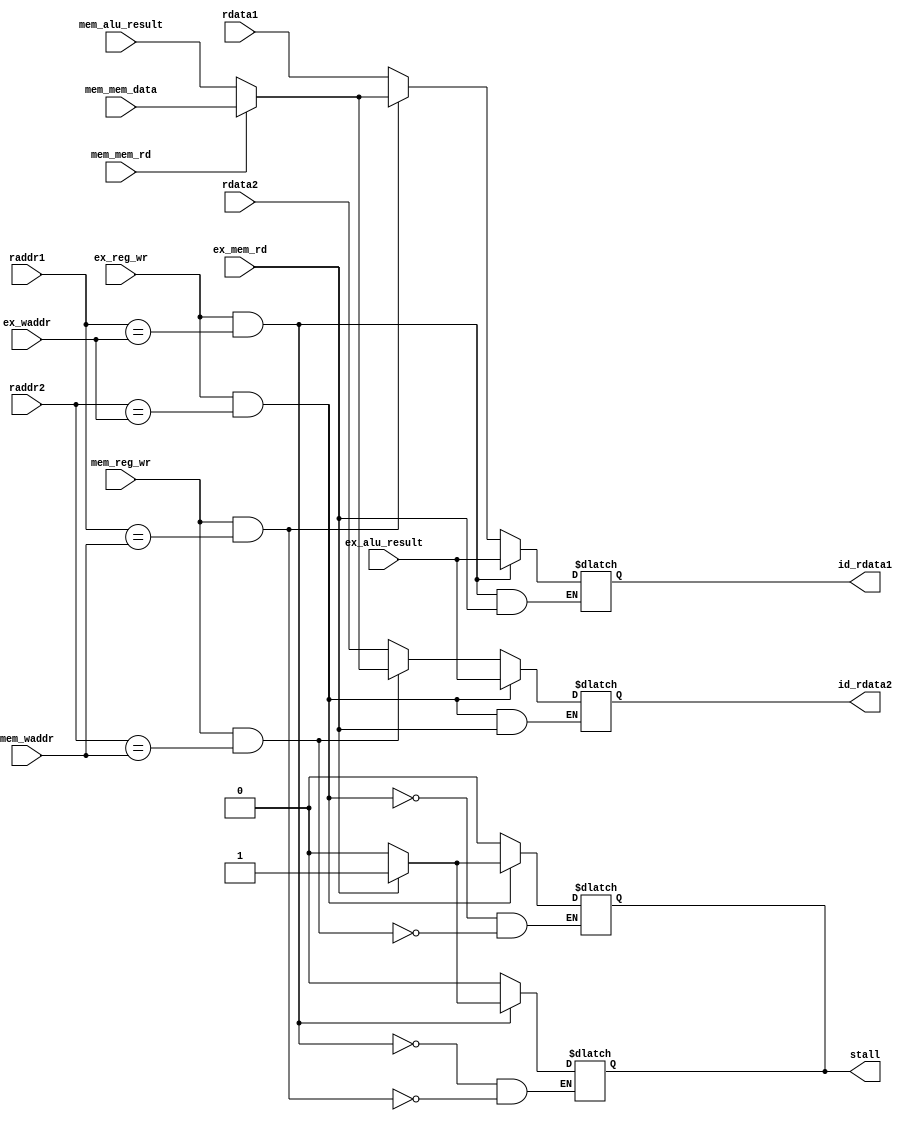
module hazard(
    input [4:0] raddr1,
    input [4:0] raddr2,
    input [31:0] rdata1,
    input [31:0] rdata2,
   
    input [31:0] ex_alu_result,
    input [4:0] ex_waddr,
    input ex_reg_wr,
   
    input [31:0] mem_alu_result,
    input [4:0] mem_waddr,
    input mem_reg_wr,
    
    input mem_mem_rd,
    input ex_mem_rd,
    input [31:0] mem_mem_data,
    
    output reg [31:0] id_rdata1,
    output reg [31:0] id_rdata2,
    output reg stall
);
wire ex_match1;
wire ex_match2;
wire mem_match1;
wire mem_match2;


assign ex_match1 = ex_reg_wr & (raddr1 == ex_waddr);
assign ex_match2 = ex_reg_wr & (raddr2 == ex_waddr);
assign mem_match1 = mem_reg_wr & (raddr1 == mem_waddr);
assign mem_match2 = mem_reg_wr & (raddr2 == mem_waddr);


always @ (*) begin
    if(ex_match1) begin
        if(ex_mem_rd) begin
            stall <= 1'b1;
        end
        else begin
            id_rdata1 <= ex_alu_result;
            stall <= 1'b0;
        end
    end
    else if(mem_match1) begin
        if(mem_mem_rd) begin
            stall <= 1'b0;
            id_rdata1 <= mem_mem_data;
        end
        else begin
            stall <= 1'b0;
            id_rdata1 <= mem_alu_result;
        end
    end
    else begin
        id_rdata1 <= rdata1;
    end
end

always @ (*) begin
    if(ex_match2) begin
        if(ex_mem_rd) begin
            stall <= 1'b1;
        end
        else begin
            id_rdata2 <= ex_alu_result;
            stall <= 1'b0;
        end
    end
    else if(mem_match2) begin
        if(mem_mem_rd) begin
            stall <= 1'b0;
            id_rdata2 <= mem_mem_data;
        end
        else begin
            stall <= 1'b0;
            id_rdata2 <= mem_alu_result;
        end
    end
    else begin
        id_rdata2 <= rdata2;
    end
end

endmodule